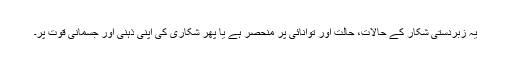
یہ زبردستی شکار کے حالات، حالت اور توانائی پر منحصر ہے یا پھر شکاری کی اپنی ذہنی اور جسمانی قوت پر۔